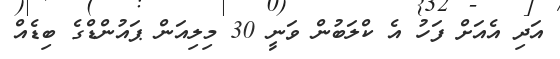
އަދި އެއަށް ފަހު އެ ކްލަބުން ވަނީ 30 މިލިއަން ޕައުންޑްގެ ބިޑެއް